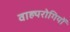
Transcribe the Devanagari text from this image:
वाह्यरोगियों